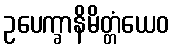
ဥပေက္ခာနိမိတ္တံယေဝ